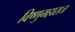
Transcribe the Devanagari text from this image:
विष्णुमहाराज